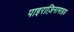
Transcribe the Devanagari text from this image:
पाइराज़िनामाइड